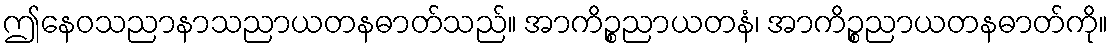
ဤနေဝသညာနာသညာယတနဓာတ်သည်။ အာကိဉ္စညာယတနံ၊ အာကိဉ္စညာယတနဓာတ်ကို။